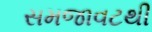
સમજાવટથી